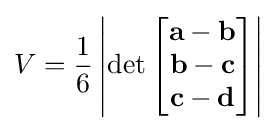
V={\frac {1}{6}}\left|\det \left[{\begin{matrix}\mathbf {a} -\mathbf {b} \\\mathbf {b} -\mathbf {c} \\\mathbf {c} -\mathbf {d} \end{matrix}}\right]\right|